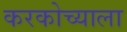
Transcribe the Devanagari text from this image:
करकोच्याला